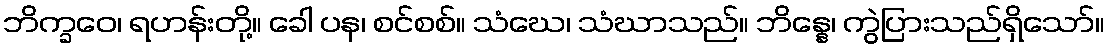
ဘိက္ခဝေ၊ ရဟန်းတို့။ ခေါ ပန၊ စင်စစ်။ သံဃေ၊ သံဃာသည်။ ဘိန္နေ၊ ကွဲပြားသည်ရှိသော်။